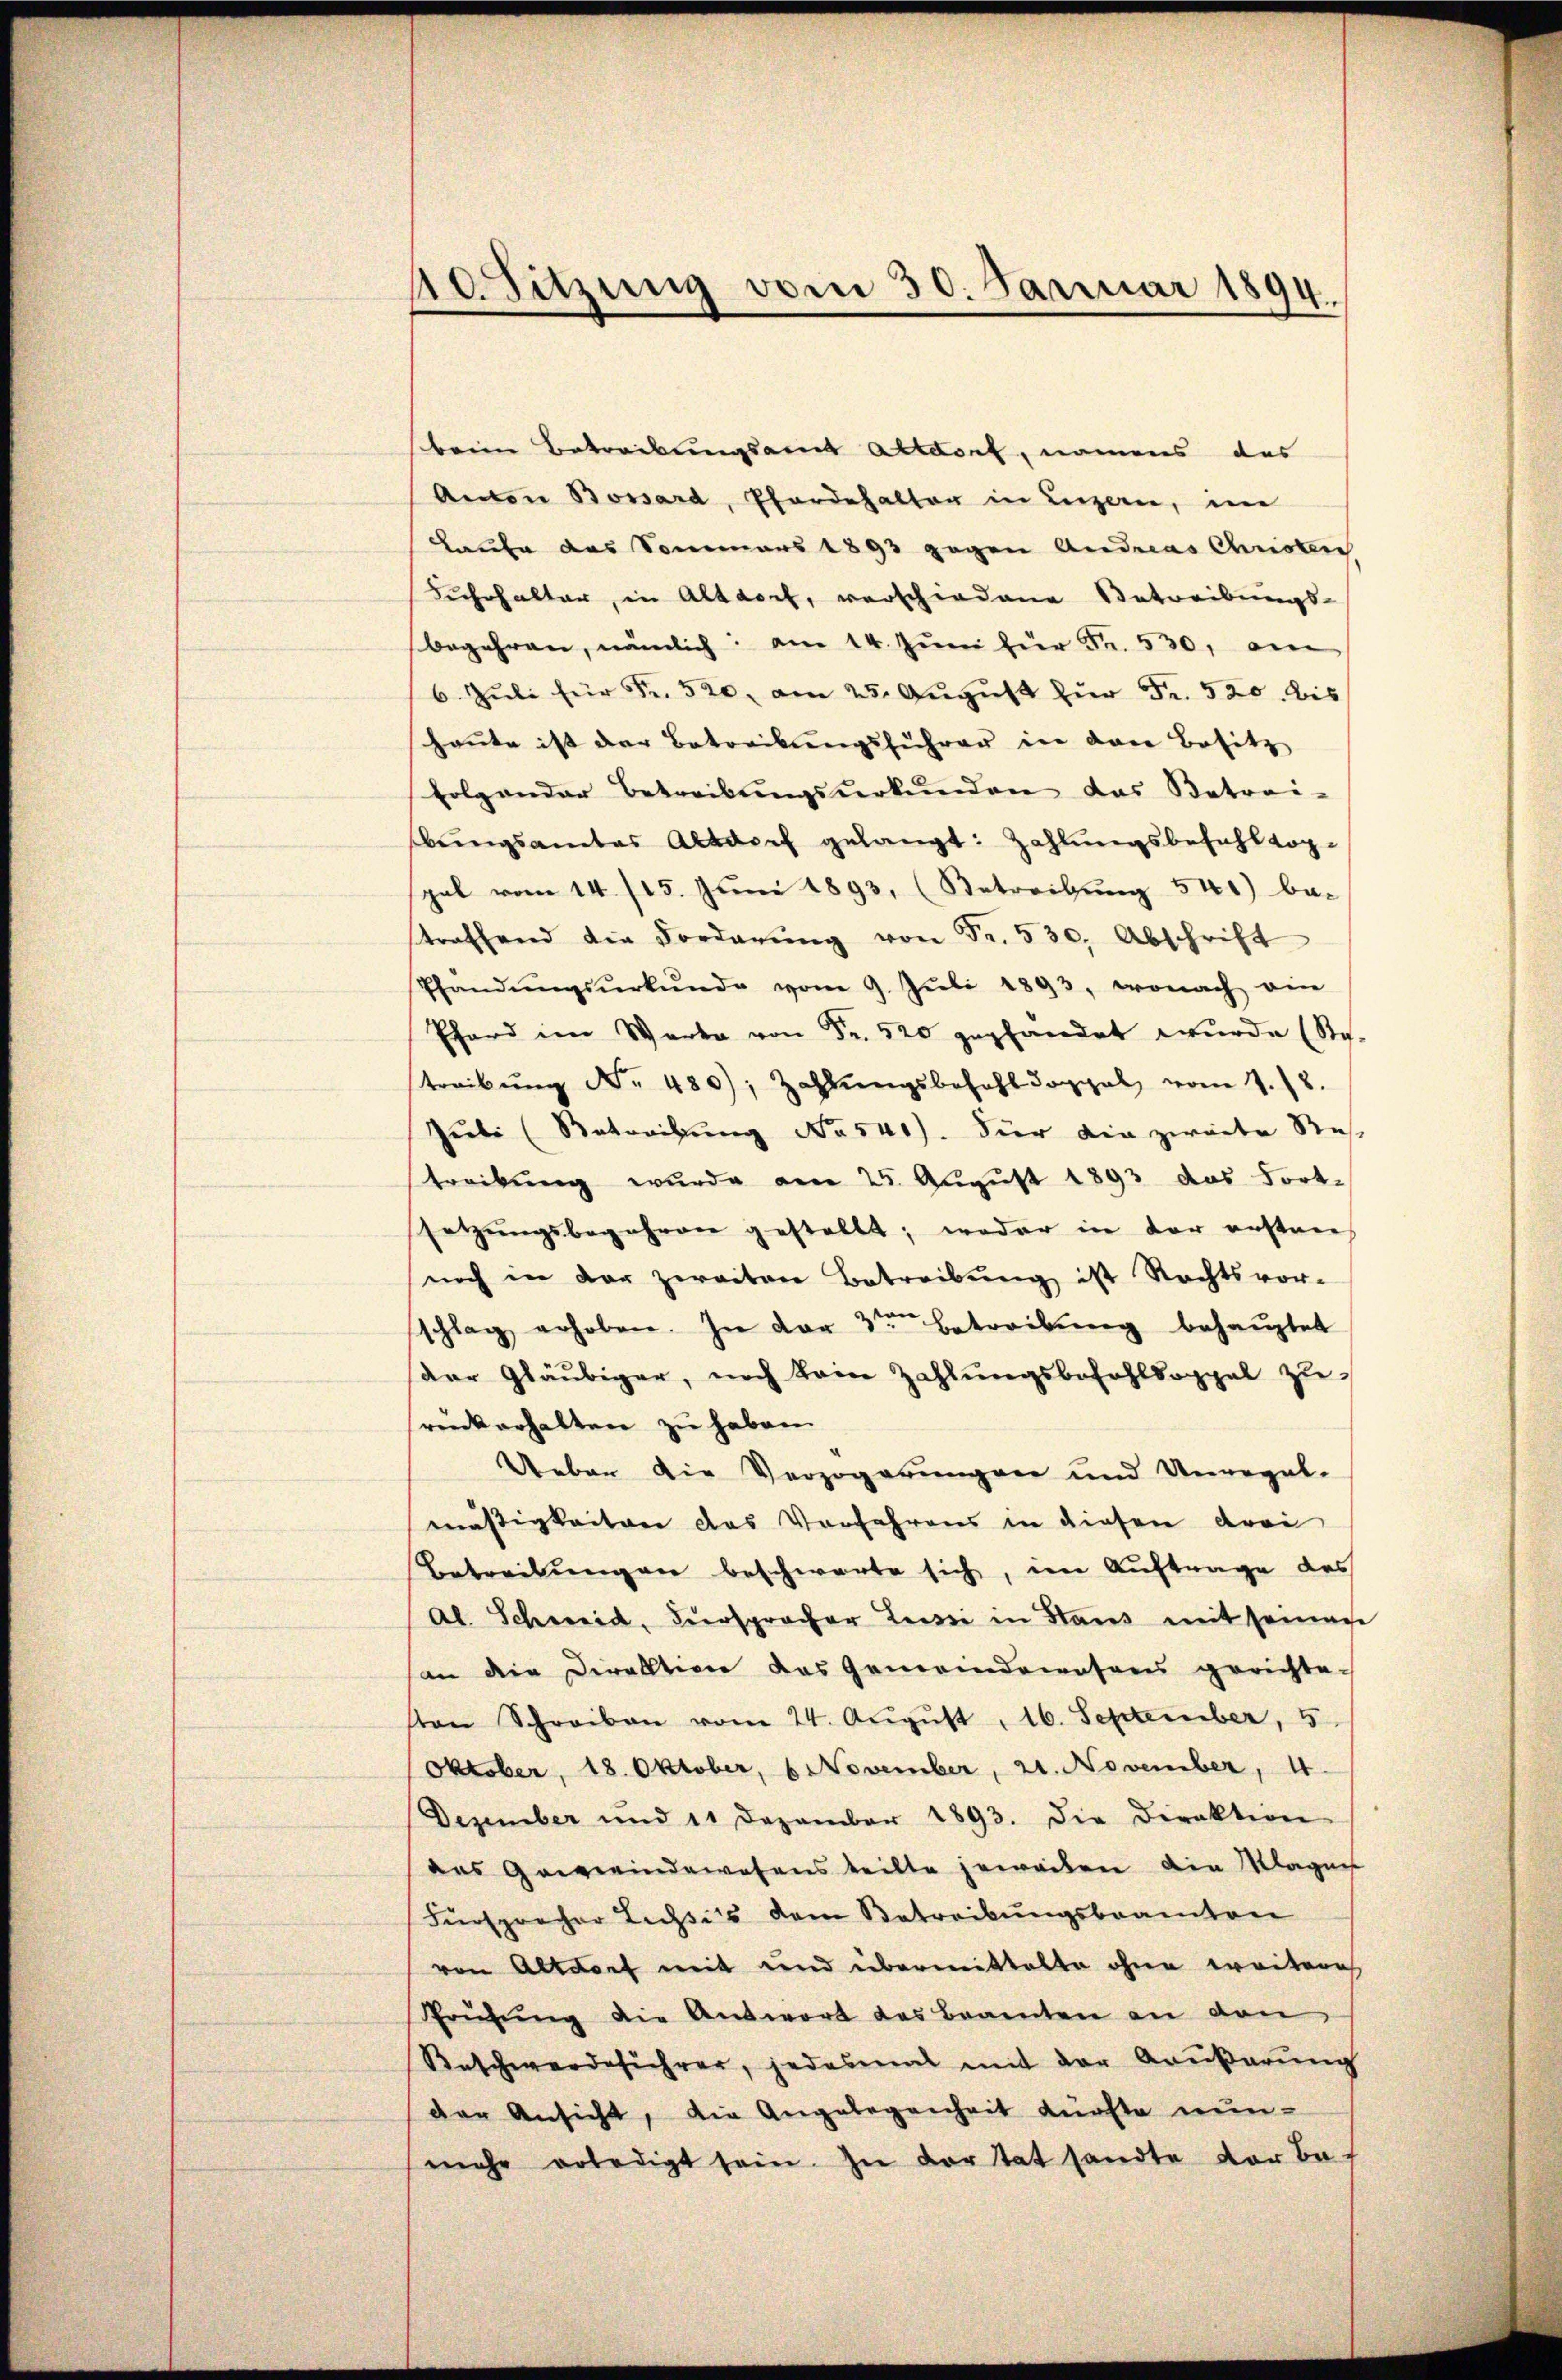
4o Sitzung vom 30. Januar 1894.

beim Betreibungsamt Altdorf, namens das
Anton Bossard, Pferdehalter in Luzern, im
Haufe des Sommers 1893 gegen Andreas Christen
Fahrhalter, in Altdorf, verschiedene Betreibungs-
begehren, nämlich: am 14. Juni für Fr. 530, am
6. Jŭli für Fr. 520, am 25. Aŭgŭst für Fr. 520. bis
honte ist der Betreibŭngsführer in den Besitz
folgender Betreibŭngsŭrkŭnden das Betrei-
bŭngsamtes Altdorf gelangt: Zahlungsbefehlkop-
pal vom 14. 115. Jŭni 1893, (Betreibŭng 541) be-
traffend die Forderŭng von Fr. 530. Abschrift
Pfandŭngsŭrkŭnde vom 9. Jŭli 1893, wonach ein
Phard im Warte von Fr. 520 gepfandet wurde (Ste-
treibŭng Nr. 480, Zahlŭngsbezahl doppel vom 1. 18.
Juli (Betreibung No 540). Für die zweite Re-
treibung wurde am 25. August 1893 das Fortsetzungsbegehren gestellt; weder in der erstan
noch in der zweiten Betreibŭng ist Rechtsvor-
schlag erhoben. In der 3ten betreibŭng behauptet
der Gläubiger, noch kein Zahlungsbezahldoppel zu
rück erhalten zu haben.
Ueber die Verzögerungen und Unregel-
mäßigkeiten das Vorfahrens in diesen drei
Betreibungen beschwarte sich, im Auftrage des
al. Schweid, Fürspracher Leisti in Haus mit seinen
an die Direktion das Gemeindewesens gerichte-
von Schreiben vom 24. Aŭgŭst 16. September, 5
Oktober, 18. Oktober, 6 November, 21. November, 4.
Dezember und 11 Dezember 1893. Die Direktion
das Gemeindewesens teilte jeweiten die Magen
Fürspracher Lechsels dem Betreibungsbeamten
von Altdorf mit und übermittelte ohne weitere
Sprützŭng die Antwort des Beamten an den
Beschwerdeführer, jedesmal mit der Aaŭβerŭng
der Ansicht, die Angelegenheit dürfte nun-
mehr erledigt sein. In der tat sandte der bes